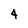
Character: 4